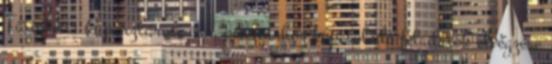
Tätigkeit: A pénztárosi és a pénztárhoz kapcsolódó feladatok elvégzése